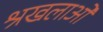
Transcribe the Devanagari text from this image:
श्रखलाओं